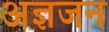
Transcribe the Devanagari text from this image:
अज्ञजन